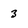
Character: 3